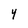
Character: Y